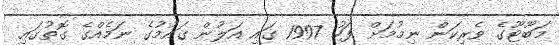
މަބޫޓޫގެ ވެރިކަން ނިމުމަށް ފަހު 1997 ގައި އަލުން ޤައުމުގެ ނަމެއްގެ ގޮތުގައި